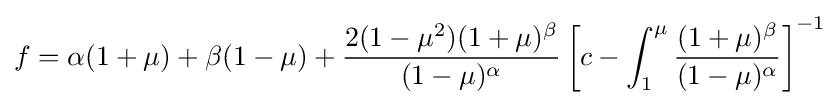
f=\alpha (1+\mu )+\beta (1-\mu )+{\frac {2(1-\mu ^{2})(1+\mu )^{\beta }}{(1-\mu )^{\alpha }}}\left[c-\int _{1}^{\mu }{\frac {(1+\mu )^{\beta }}{(1-\mu )^{\alpha }}}\right]^{-1}